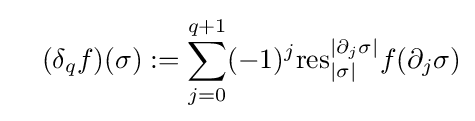
\quad (\delta _{q}f)(\sigma ):=\sum _{j=0}^{q+1}(-1)^{j}\mathrm {res} _{|\sigma |}^{|\partial _{j}\sigma |}f(\partial _{j}\sigma )